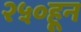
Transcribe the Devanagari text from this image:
२५०हून